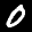
Label: 0